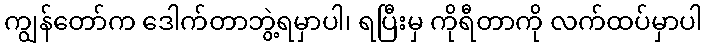
ကျွန်တော်က ဒေါက်တာဘွဲ့ရမှာပါ၊ ရပြီးမှ ကိုရီတာကို လက်ထပ်မှာပါ